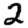
Digit: 2